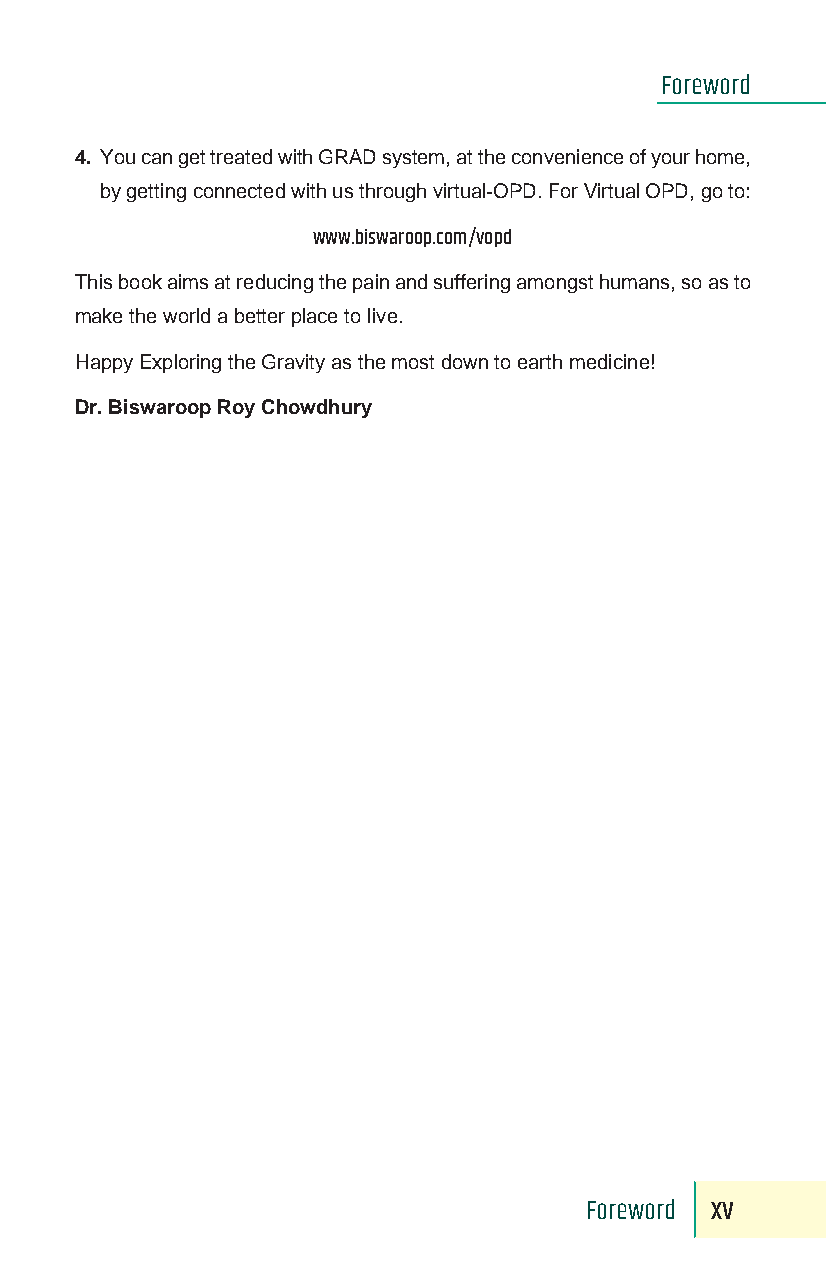
Foreword
 4. You can get treated with GRAD system, at the convenience of your home,
 by getting connected with us through virtual-OPD. For Virtual OPD, go to:
 www.biswaroop.com/vopd
 This book aims at reducing the pain and suffering amongst humans, so as to
 make the world a better place to live.
 Happy Exploring the Gravity as the most down to earth medicine!
 Dr. Biswaroop Roy Chowdhury
 Foreword xv